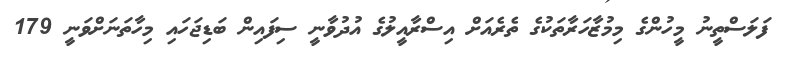
ފަލަސްތީނު މީހުންގެ މިމުޒާހަރާތަކުގެ ތެރެއަށް އިސްރާއީލުގެ އުދުވާނީ ސިފައިން ބަޑިޖަހައި މިހާތަނަށްވަނީ 179